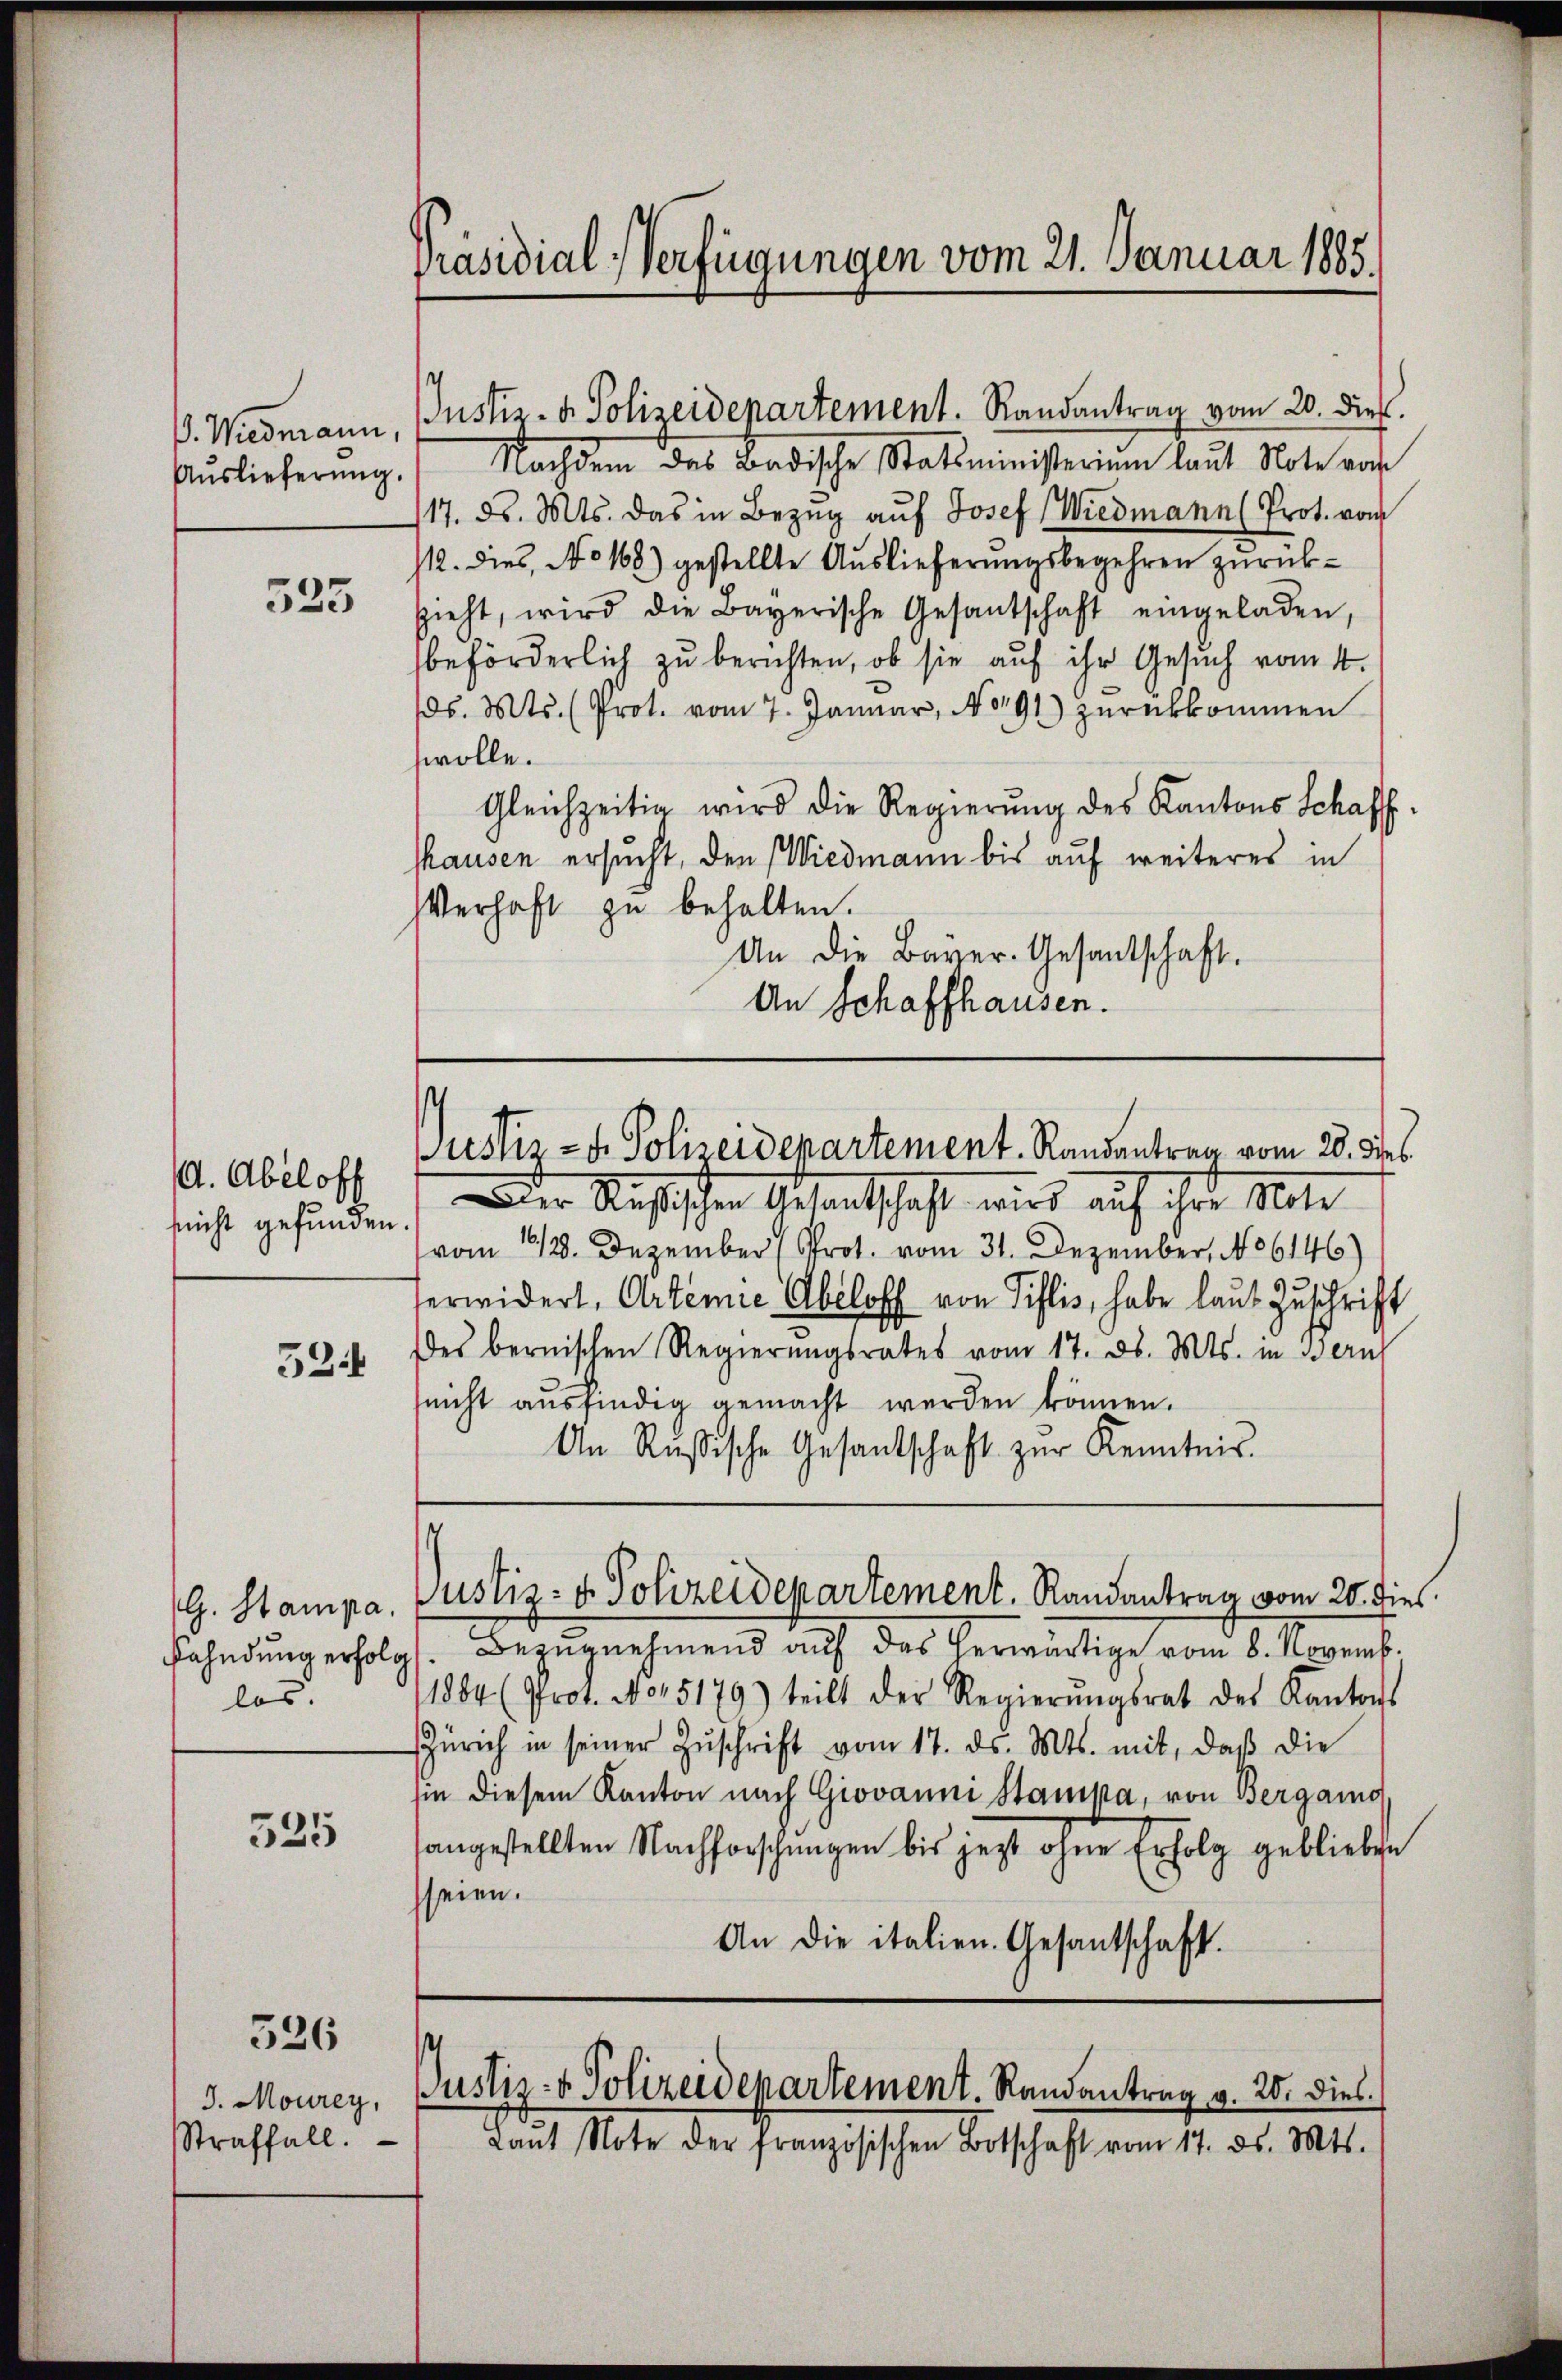
Auslieferung.

523

d. Abeloff
snicht gefunden.
524

los.

525

526

J. Mourey,
Straffall.

P. Wiedmann, Justiz- u. Polizeidepartement. Randantrag vom 20. dies.
Nachdem des Badische Statsministerium laut Note vor
117. d. Mts. das in Bezug auf Josef Wiedmann (Prot. vom
12. dies, No 168) gestellte Aŭslieferŭngsbegehren zŭrück-
sieht, wird die Bayerische Gesantschaft eingeladen,
beförderlich zu berichten, ob sie auf ihr Gesuch vom 4.
ds. Mts. (Prot. vom 7. Januar, No 191 zurückkommen
wolle.
Gleichzeitig wird die Regierŭng des Kantons Schaff
hhausen ersucht, den Wiedmann bis auf weiteres in
Verhaft zu behalten.
An die Bayer-Gesandtschaft.
An Schaffhausen.

Präsidial-Verfügungen vom 21. Januar 1885.

der Rastischen Gesandtschaft wird auf ihre Mate
vom 12. Dezember (Prot. vom 31. Dezember, No 6146)
erwidert, Arteme Abeloff von Pillis, habe laut Zuschrift
des bernischen Regierungsrates vom 17. ds. Mts. in Bernh
nicht ausfindig gemacht werden können.
An Rußische Gesandschaft zŭr Kenntnis.

Fahndung erfolg. Bezŭgnehmend auf das herwärtige vom 8. Novemb.
11884 (Prot. No. 5179) teilt der Regierŭngsrat des Kantons
Zürich in seiner Zŭschrift vom 17. ds. Mts. mit, daβ die
iie diesem Kanton nach Giovanni Stampa, von Bergamo
sangestellten Nachforschungen bis jetzt ohne Erfolg geblieben
seien.
An die italien. Gesantschaft.

Justiz- u. Polizeidepartement. Randantrag vom 20. Dies

(G. Stampa. Justiz- & Polizeidepartement. Randantrag vom 20. dies.

Justiz- & Polizeidepartement. Randantrag v. 20. Diel.
Laŭt Note der französischen Botschaft vom 17. ds. Mts.